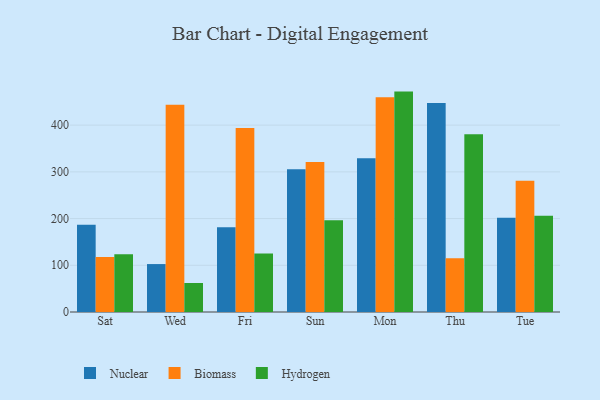
{"axis": {"x": "Day", "y": "Customer Acquisition Cost (USD)"}, "legend": ["Biomass", "Hydrogen", "Nuclear"], "data": [{"x": "Sat", "y": 186.6, "type": "Nuclear"}, {"x": "Sat", "y": 117.6, "type": "Biomass"}, {"x": "Sat", "y": 123.7, "type": "Hydrogen"}, {"x": "Wed", "y": 102.6, "type": "Nuclear"}, {"x": "Wed", "y": 443.6, "type": "Biomass"}, {"x": "Wed", "y": 62.1, "type": "Hydrogen"}, {"x": "Fri", "y": 181.6, "type": "Nuclear"}, {"x": "Fri", "y": 393.7, "type": "Biomass"}, {"x": "Fri", "y": 125.1, "type": "Hydrogen"}, {"x": "Sun", "y": 305.7, "type": "Nuclear"}, {"x": "Sun", "y": 321.3, "type": "Biomass"}, {"x": "Sun", "y": 196.4, "type": "Hydrogen"}, {"x": "Mon", "y": 329.0, "type": "Nuclear"}, {"x": "Mon", "y": 459.6, "type": "Biomass"}, {"x": "Mon", "y": 471.8, "type": "Hydrogen"}, {"x": "Thu", "y": 447.4, "type": "Nuclear"}, {"x": "Thu", "y": 115.3, "type": "Biomass"}, {"x": "Thu", "y": 380.4, "type": "Hydrogen"}, {"x": "Tue", "y": 201.9, "type": "Nuclear"}, {"x": "Tue", "y": 281.2, "type": "Biomass"}, {"x": "Tue", "y": 206.1, "type": "Hydrogen"}]}